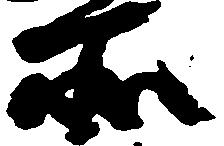
所